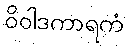
ဝိဝါဒကာရကံ